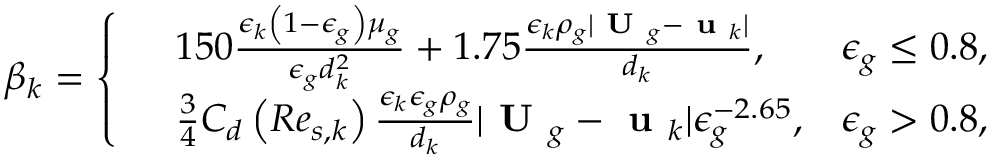
\beta _ { k } = \left\{ \begin{array} { r l r } & { 1 5 0 \frac { \epsilon _ { k } \left( 1 - \epsilon _ { g } \right) \mu _ { g } } { \epsilon _ { g } d _ { k } ^ { 2 } } + 1 . 7 5 \frac { \epsilon _ { k } \rho _ { g } | \textbf { U } _ { g } - \textbf { u } _ { k } | } { d _ { k } } , } & { \epsilon _ { g } \le 0 . 8 , } \\ & { \frac { 3 } { 4 } C _ { d } \left( R e _ { s , k } \right) \frac { \epsilon _ { k } \epsilon _ { g } \rho _ { g } } { d _ { k } } | \textbf { U } _ { g } - \textbf { u } _ { k } | \epsilon _ { g } ^ { - 2 . 6 5 } , } & { \epsilon _ { g } > 0 . 8 , } \end{array} \right.